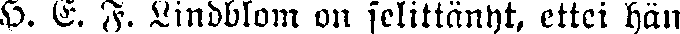
H. E. F. Lindblom on selittänyt, ettei hän